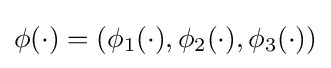
\phi (\cdot )=(\phi _{1}(\cdot ),\phi _{2}(\cdot ),\phi _{3}(\cdot ))